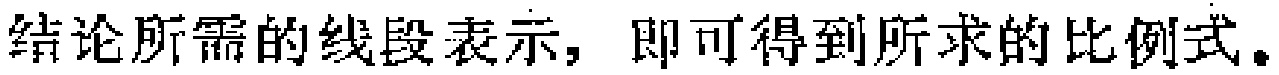
结论所需的线段表示，即可得到所求的比例式。